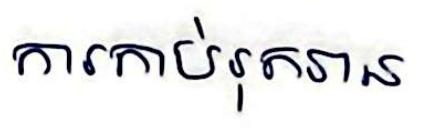
ការកាប់រុតរាន